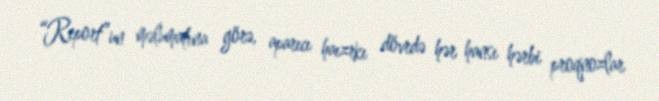
“Report”un məlumatına görə, aparıcı haızrkı dövrdə hər hansı hərbi proqnozlar